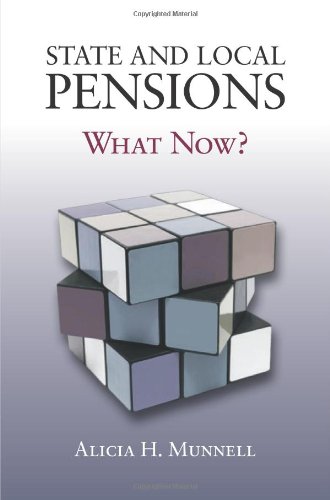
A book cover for State and Local Pensions: What Now?; Alicia H. Munnell; Business & Money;